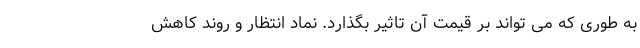
به طوری که می تواند بر قیمت آن تاثیر بگذارد. نماد انتظار و روند کاهش